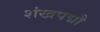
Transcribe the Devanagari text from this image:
शंखपद्मौ